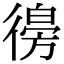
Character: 𢕨